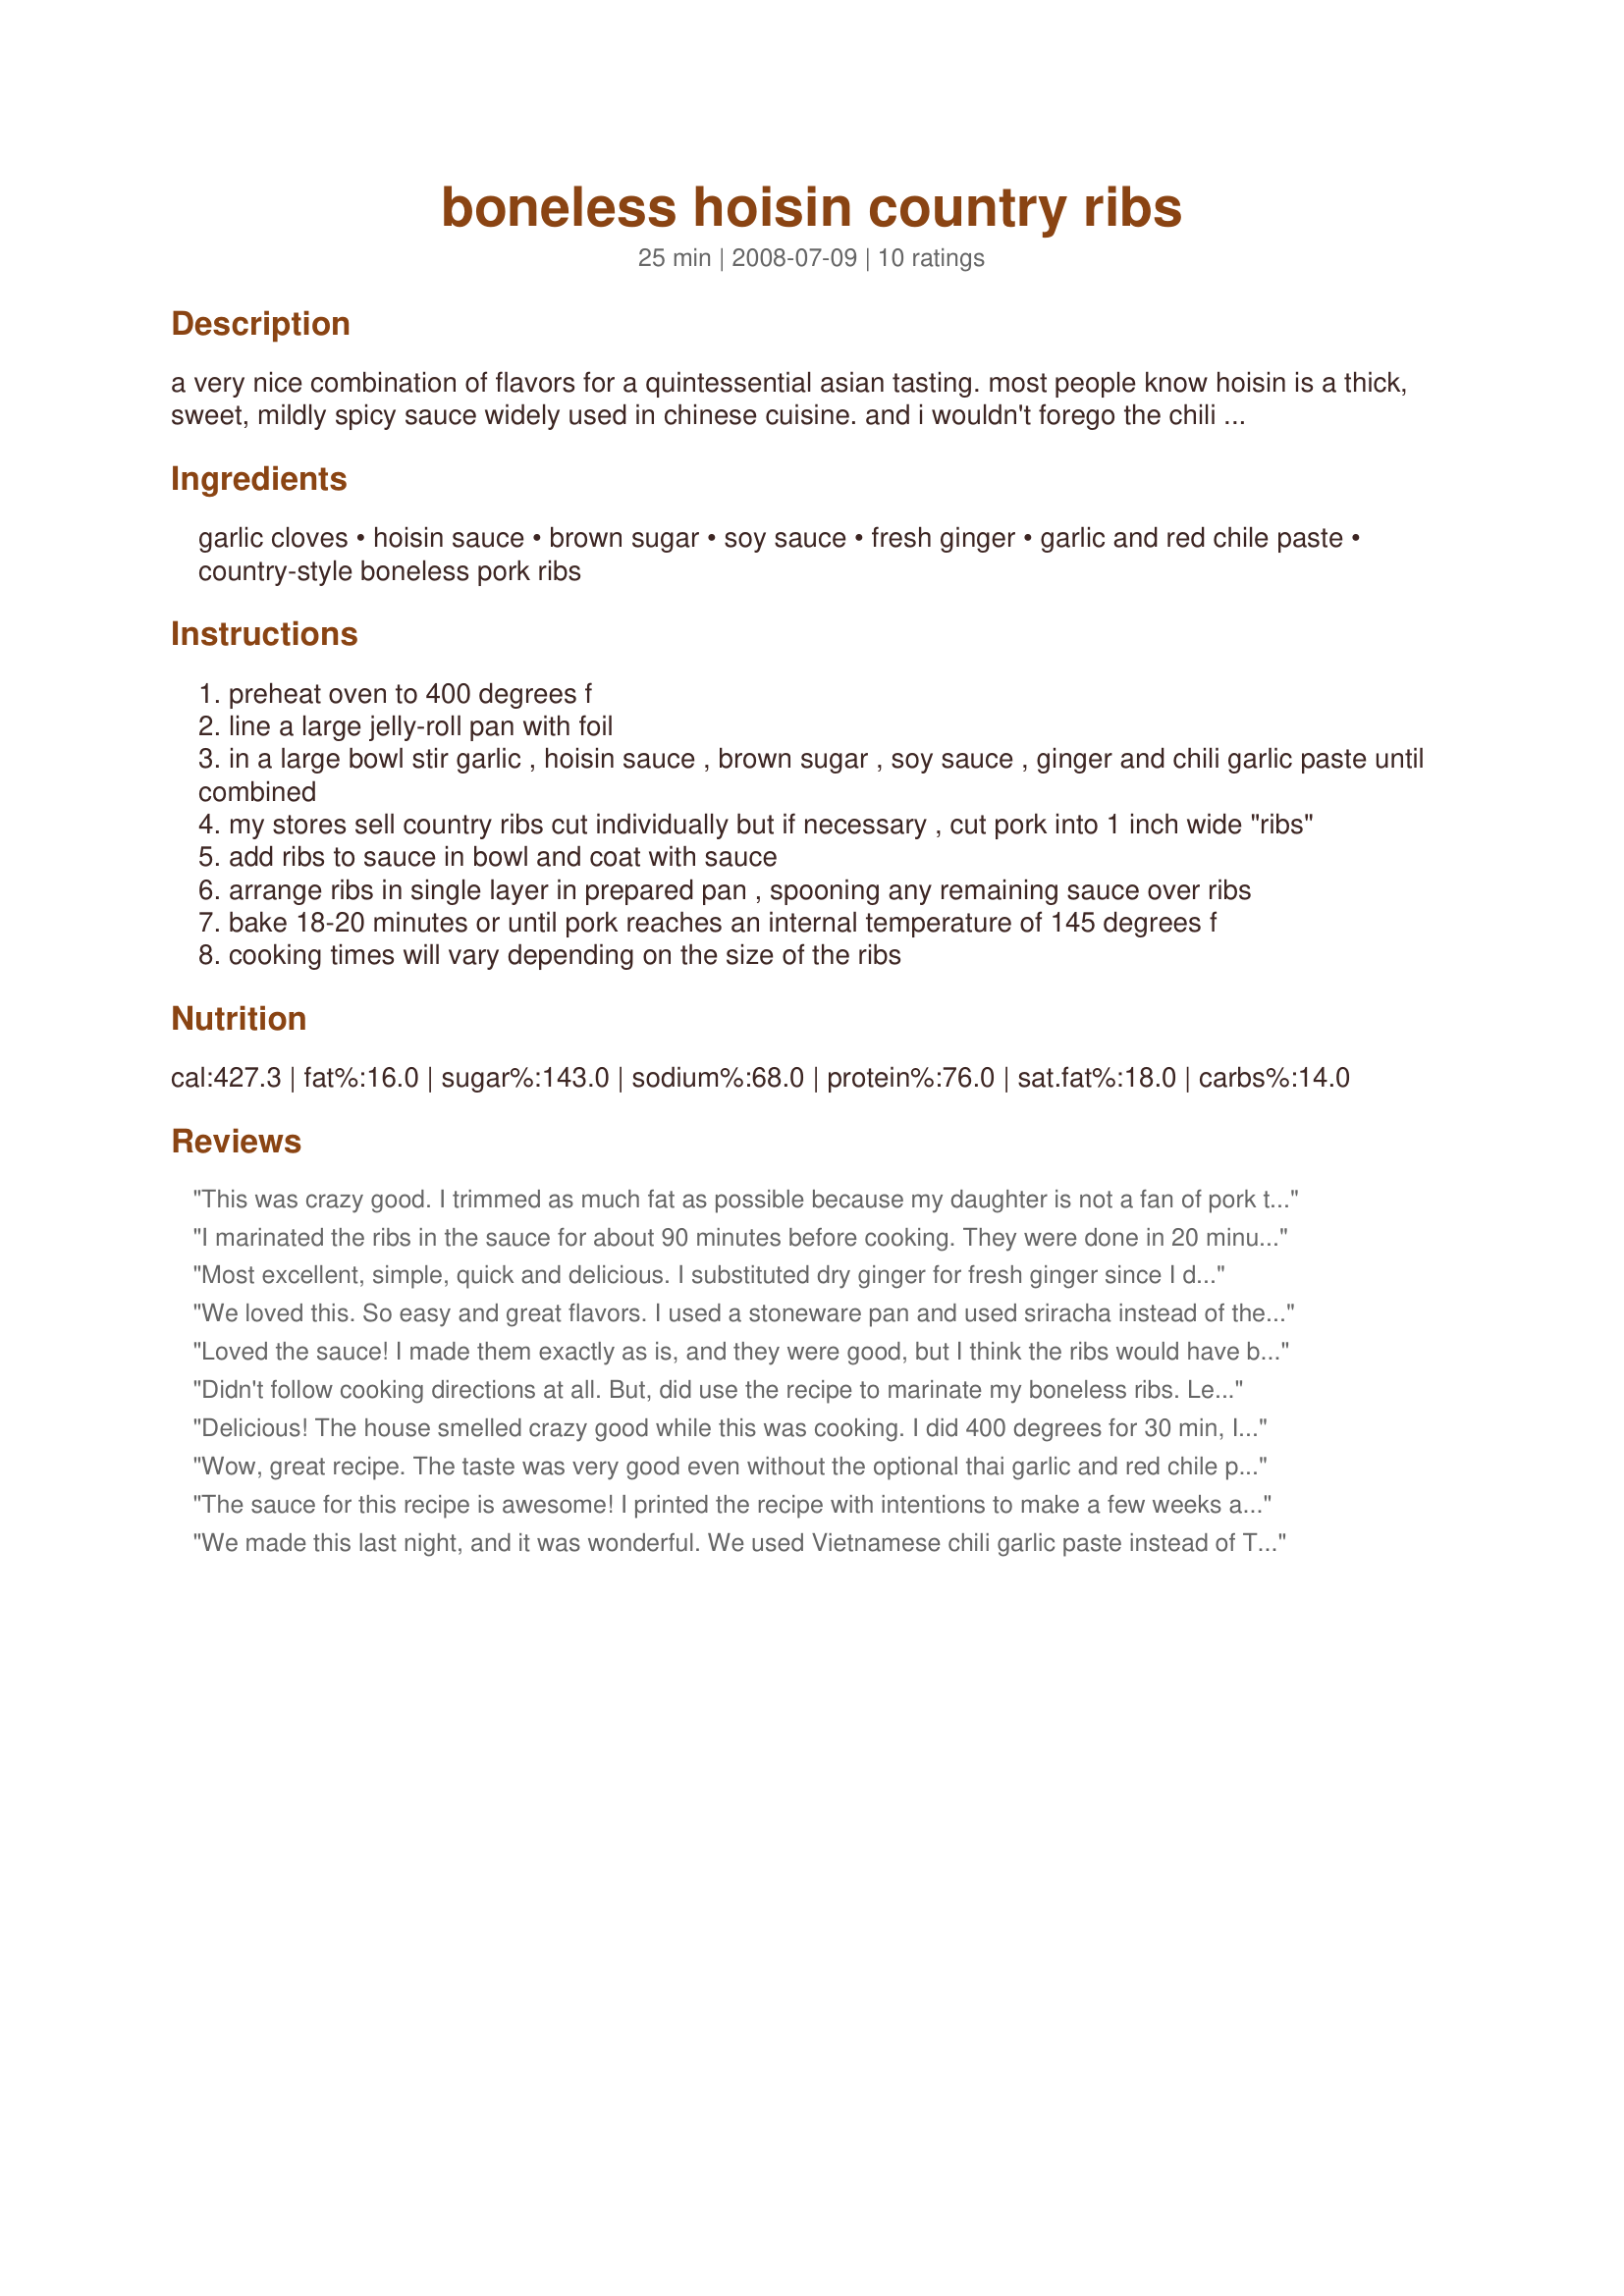
boneless hoisin country ribs
Preparation time: 25 minutes

a very nice combination of flavors for a quintessential asian tasting. most people know hoisin is a thick, sweet, mildly spicy sauce widely used in chinese cuisine. and i wouldn't forego the chili garlic paste if you want some heat in the dish. good served with snow peas, another of my favorites.

Ingredients:
garlic cloves, hoisin sauce, brown sugar, soy sauce, fresh ginger, garlic and red chile paste, country-style boneless pork ribs

Steps:
preheat oven to 400 degrees f
line a large jelly-roll pan with foil
in a large bowl stir garlic , hoisin sauce , brown sugar , soy sauce , ginger and chili garlic paste until combined
my stores sell country ribs cut individually but if necessary , cut pork into 1 inch wide "ribs"
add ribs to sauce in bowl and coat with sauce
arrange ribs in single layer in prepared pan , spooning any remaining sauce over ribs
bake 18-20 minutes or until pork reaches an internal temperature of 145 degrees f
cooking times will vary depending on the size of the ribs

Reviews:
This was crazy good. I trimmed as much fat as possible because my daughter is not a fan of pork to begin with, she'll try to eat it but the second she gets the slightest bit of fat she's done. Unfortunately I only had about a 1/4 c of hoison sauce so I made the recipe accordingly. Because I had so little sauce I let it marinate for an hour or two. My daughter told me I had make it again. Next time I will thicken the sauce with cornstarch after it comes out of the oven.
I marinated the ribs in the sauce for about 90 minutes before cooking. They were done in 20 minutes and were delicious. Great easy recipe.
Most excellent, simple, quick and delicious. I substituted dry ginger for fresh ginger since I didn't have any in the house but still very yummy. Will be a family favorite! Thanks Ninja
We loved this. So easy and great flavors. I used a stoneware pan and used sriracha instead of the chili paste. I also cooked it longer than the recipe stated. Enjoyed the strips I cut a bit thinner the best. Delicious. I would consider cutting the rib strips into chunks before baking and serving with toothpicks for a party buffet item.
Loved the sauce! I made them exactly as is, and they were good, but I think the ribs would have been better cooked longer at a lower temperature. (Mine were pretty lean, and so not as tender as I would have liked.) I'll try them again. Maybe covered with foil and bake at 325 or so for 30 to 45 minutes, then uncover and crank up the heat to set the sauce?
Didn't follow cooking directions at all. But, did use the recipe to marinate my boneless ribs. Let them marinate in fridg. for 8 hours prior to grilling. Great flavor, aroma, and coloring. Will use again for pork chops and chicken. Served with grilled pineapple and vidalia onions!
Delicious! The house smelled crazy good while this was cooking. I did 400 degrees for 30 min, I probably could have done 25 min. and it would have been fine. Anyway, this was an awesome dinner with brown rice and broccoli. Thanks!
Wow, great recipe. The taste was very good even without the optional thai garlic and red chile paste. I give this recipe 5 stars and will keep this in my recipe box. I did cook the ribs an extra 10 minutes.
The sauce for this recipe is awesome! I printed the recipe with intentions to make a few weeks ago. But I never got around to buying pork ribs. Yesterday, I was trying to decide what to make for dinner. All I had for meat was chicken thighs. So I made the sauce from this recipe and coated the chicken thighs with it. It was very good! This recipe is a keeper! Thank you for sharing.
We made this last night, and it was wonderful. We used Vietnamese chili garlic paste instead of Thai.&lt;br/&gt;&lt;br/&gt;Tip: reserve some of the sauce to serve at the table, so you can dip each mouthful into the delightful sauce.
